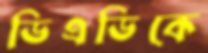
ডিএডিকে